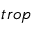
_ { t r o p }